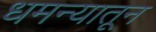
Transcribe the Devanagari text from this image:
धमन्यातून